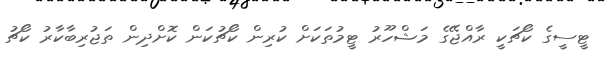
ޓީސީގެ ކޯޗަކީ ރާއްޖޭގެ މަޝްހޫރު ޓީމުތަކަށް ކުރިން ކޯޗުކަން ކޮށްދިން ތަޖުރިބާކާރު ކޯޗު